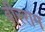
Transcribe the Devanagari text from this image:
वीरराम